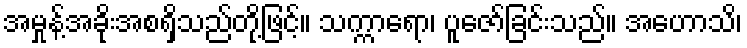
အမှုန့်အခိုးအစရှိသည်တို့ဖြင့်။ သက္ကာရော၊ ပူဇော်ခြင်းသည်။ အဟောသိ၊